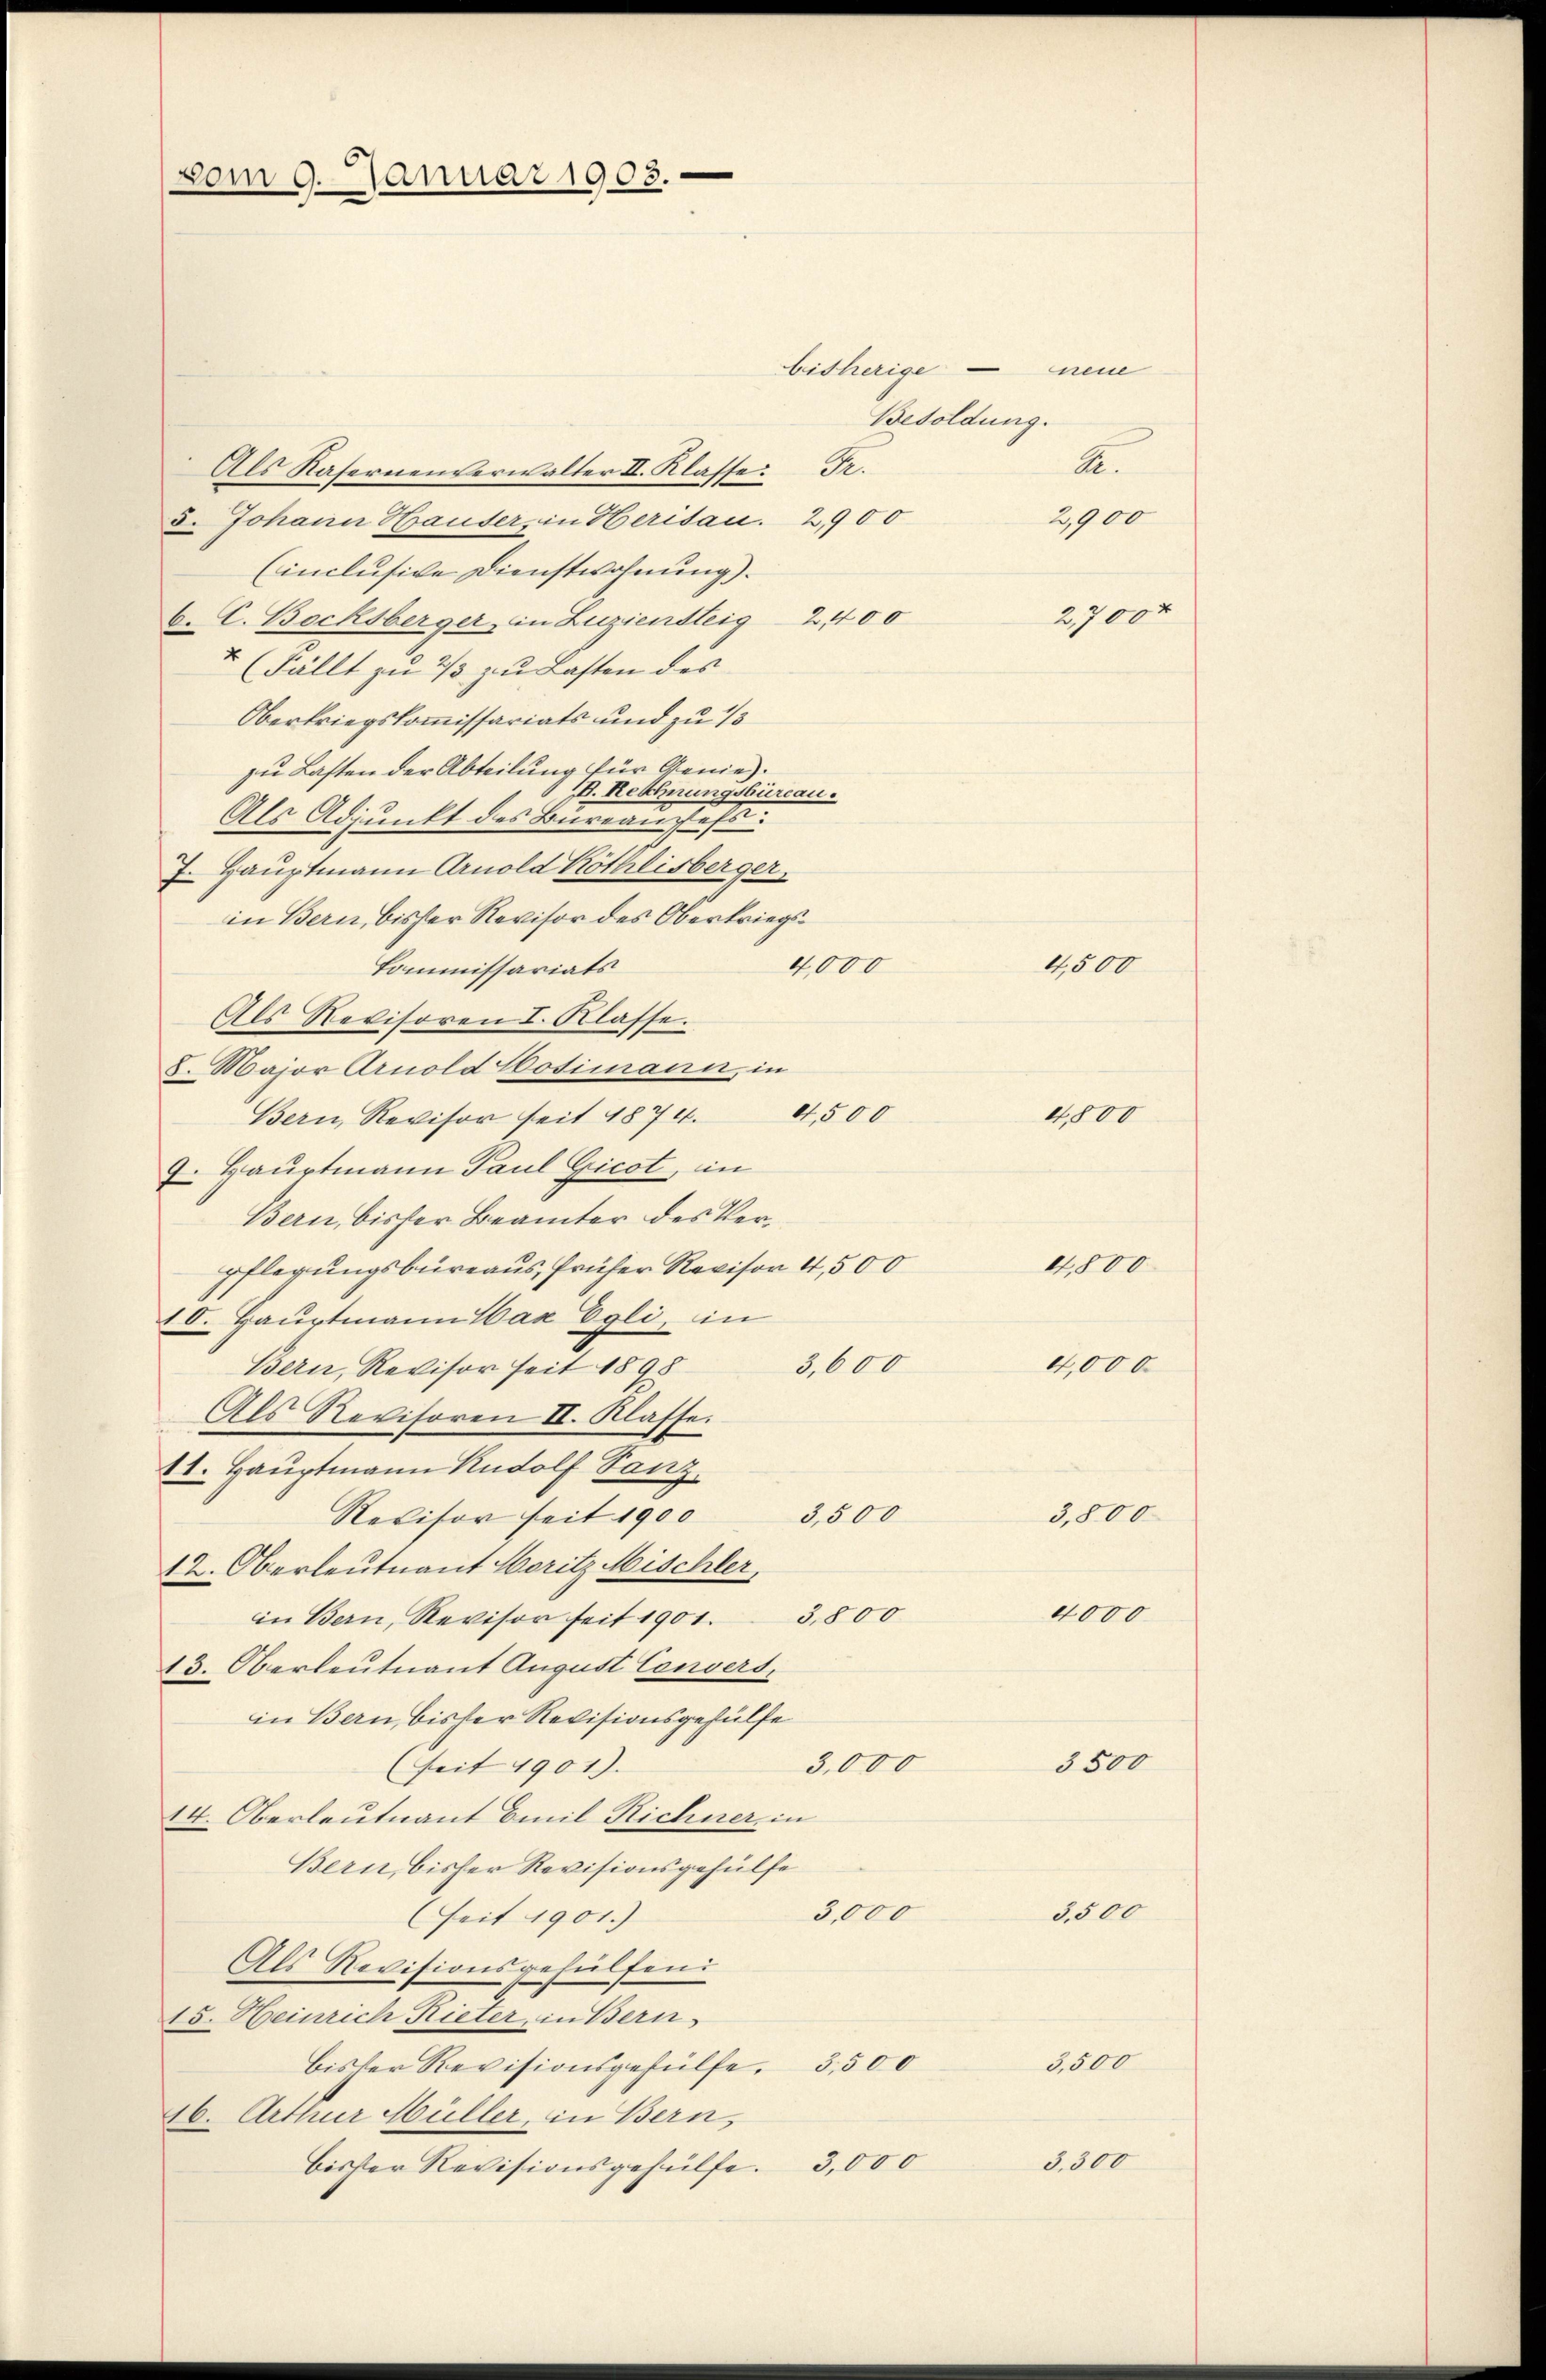
vom 9. Januar 1905.

A.
Als Kasernenverwalter II. Klasse: Fr.
5. Johann Hauser, in Herisau. 2900
2,900
(inclusive Dienstwohnung).
C. C. Bocksberger, in Zuziensteig 2400
(Fällt zu 2/3 zu Lasten des
Oberkriegskommissariats und zu 13
zu Lasten der Abteilung für Genie.
D. Rechnungsbureau.
Als Adjunkt des Bureauses
7. Hauptmann Arnold Köthlisberger,
in Bern, bisher Revisor des Oberkriegs¬
4,500
4,000
Commissariats
Als Revisoren I. Klasse.
8. Major Arnold Hotimane, in
4,500
Bern, Revisor seit 1874.
4,800
7. Hauptmann Paul Gicot, in
Bern, bisser Beamter des Verpflegungsbureaus, früher Revison 4,500
4,800
10. Hauptmann Max Egli, in
3,600
4,000
Bern, Revisor seit 1898
Als Revisoren II. Klasse.
11. Hauptmann Rudolf Tanz
3,500
3,800
Revisor seit 1900
12. Oberleutnant Moritz Mischler,
4000
in Bern, Revisor seit 1901. 3800
13. Oberleutnant August Convers.
in Bern, bisher Revisionsgehülfe
3500
3,000
(seit 1901).
14. Oberleutnant Emil Richner, in
Bern, bisher Revisionsgehülfe
3,000
3,500
(seit 1901.)
Als Revisionsgehülfend
15. Heinrich Rieter, in Bern.
3,500
bisser Revisionsgehülfe. 3500
46. Arthur Müller, in Bern,
3,300
3,000
bisher Revisionsgehülfe.

bisherige neue
Besoldung.

27000